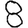
Digit: 8